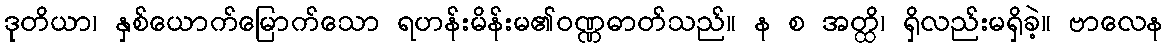
ဒုတိယာ၊ နှစ်ယောက်မြောက်သော ရဟန်းမိန်းမ၏ဝဏ္ဏဓာတ်သည်။ န စ အတ္ထိ၊ ရှိလည်းမရှိခဲ့။ ဗာလေန